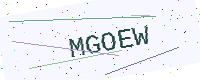
Text: MGOEW